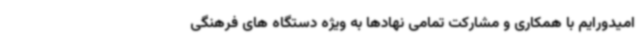
امیدورایم با همکاری و مشارکت تمامی نهادها به ویژه دستگاه های فرهنگی